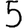
Digit: 5